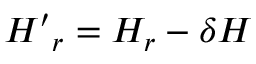
{ H ^ { \prime } } _ { r } = H _ { r } - \delta H